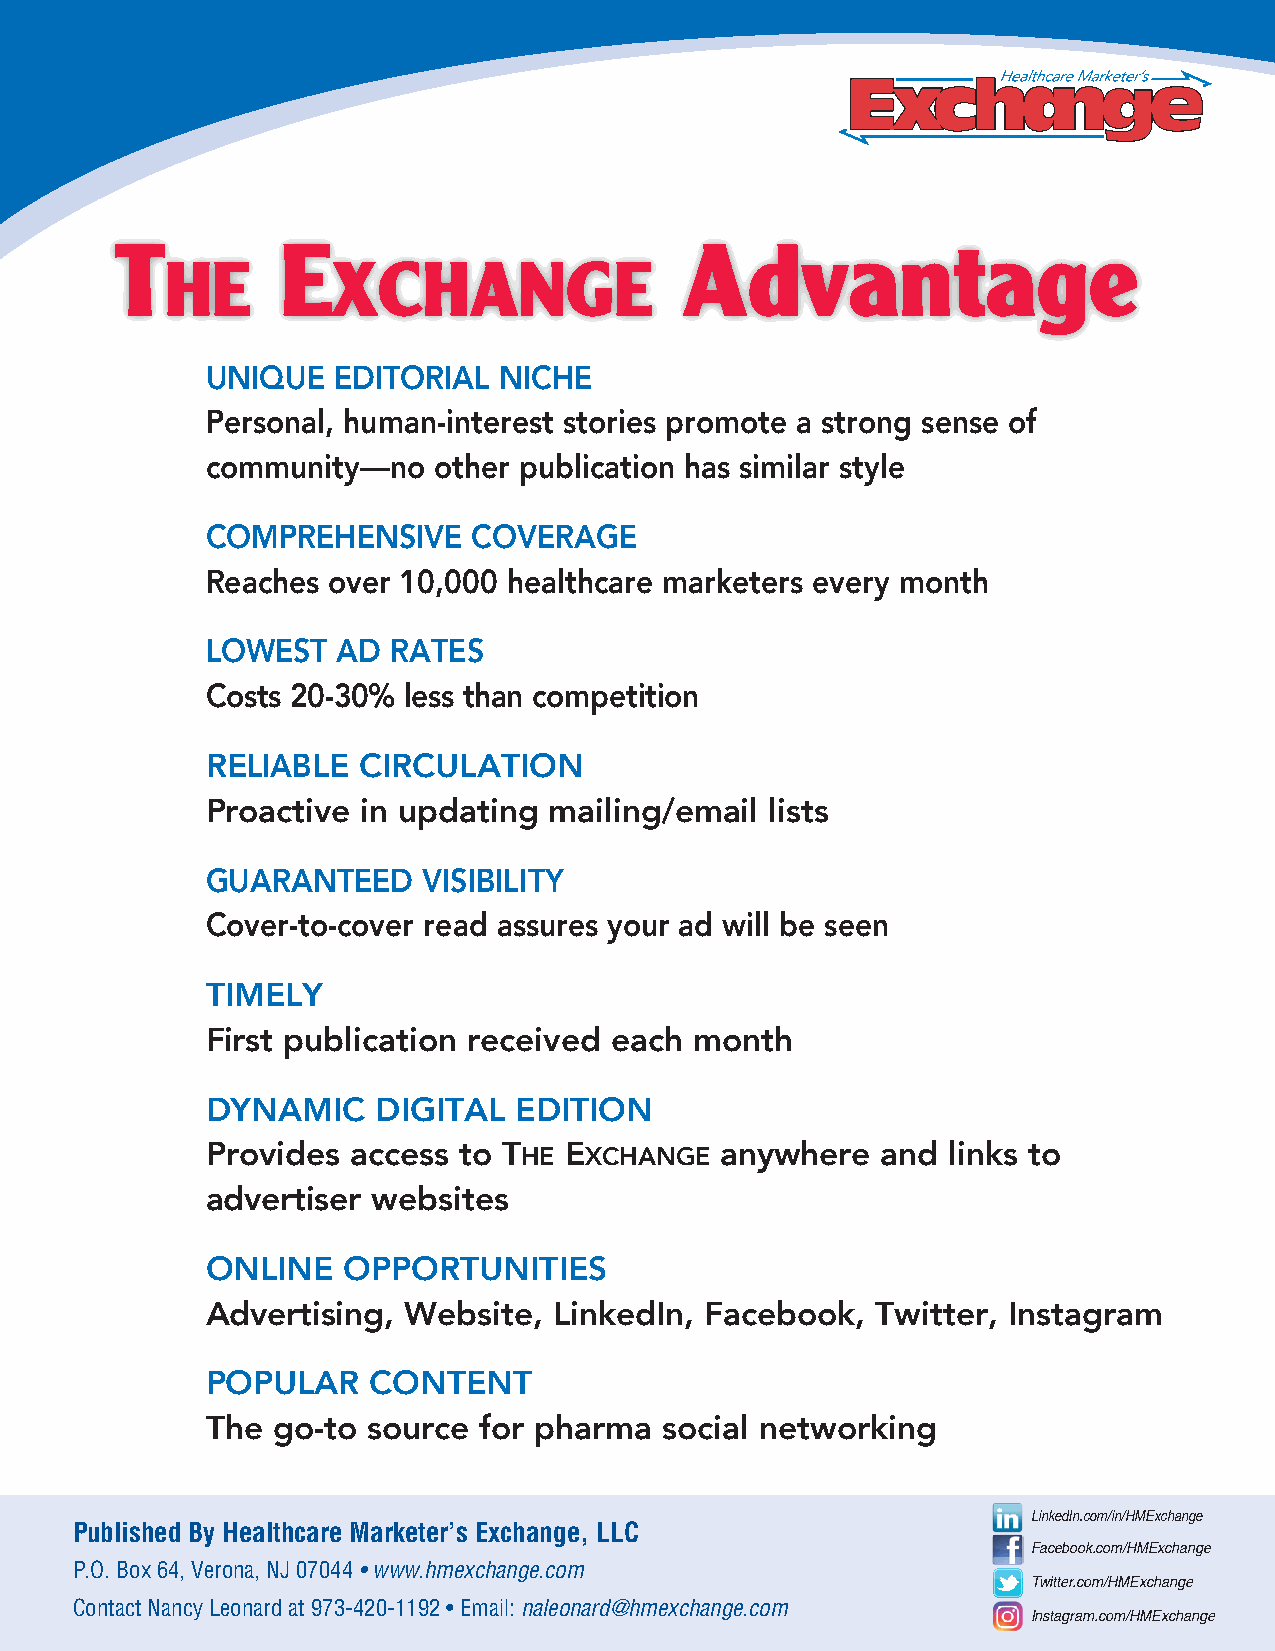
T          e                         Advantage
 he         xchange
 UNIQUE  EDITORIAL  NICHE
 Personal, human-interest stories promote a strong sense of
 community—no   other publication has similar style
 COMPREHENSIVE    COVERAGE
 Reaches over 10,000 healthcare marketers every month
 LOWEST  AD  RATES
 Costs 20-30% less than competition
 RELIABLE  CIRCULATION
 Proactive in updating mailing/email  lists
 GUARANTEED    VISIBILITY
 Cover-to-cover read assures your ad will be seen
 TIMELY
 First publication received each month
 DYNAMIC    DIGITAL  EDITION
 Provides access to The exchange   anywhere  and  links to
 advertiser websites
 ONLINE   OPPORTUNITIES
 Advertising, Website,  LinkedIn, Facebook,  Twitter, Instagram
 POPULAR    CONTENT
 The go-to source  for pharma  social networking
 LinkedIn.com/in/HMExchange
 Published By Healthcare Marketer’s Exchange, LLC
 Facebook.com/HMExchange
 P.O. Box 64, Verona, NJ 07044 • www.hmexchange.com
 Twitter.com/HMExchange
 Contact Nancy Leonard at 973-420-1192 • Email: naleonard@hmexchange.com
 Instagram.com/HMExchange